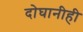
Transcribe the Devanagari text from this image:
दोघानीही